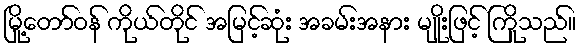
မြို့တော်ဝန် ကိုယ်တိုင် အမြင့်ဆုံး အခမ်းအနား မျိုးဖြင့် ကြိုသည်။